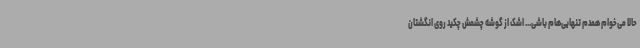
حالا می‌خوام همدم تنهایی‌هام باشی... اشک از گوشه چشمش چکید روی انگشتان